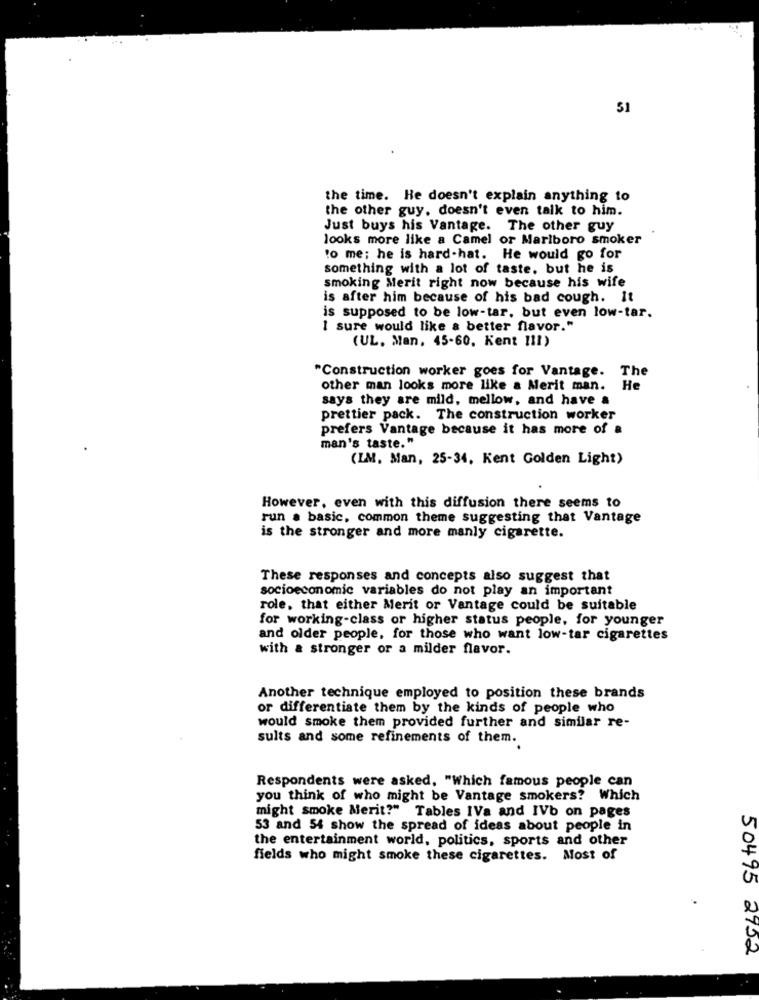
51
the time. He doesn't explain anything to
the other guy, doesn't even talk to him.
Just buys his Vantage. The other guy
looks more like a Camel or Marlboro smoker
to me; he is hard-hat. He would go for
something with a lot of taste, but he is
smoking Merit right now because his wife
is after him because of his bad cough. It
is supposed to be low-tar, but even low-tar.
I sure would like a better flavor."
(UL. Man, 45-60. Kent 111)
"Construction worker goes for Vantage. The
other man looks more like a Merit man.
He
says they are mild, mellow, and have a
prettier pack. The construction worker
prefers Vantage because it has more of a
man's taste."
(IM. Man, 25-34, Kent Golden Light)
However, even with this diffusion there seems to
run . basic, common theme suggesting that Vantage
is the stronger and more manly cigarette.
These responses and concepts also suggest that
socioeconomic variables do not play an important
role, that either Merit or Vantage could be suitable
for working-class or higher status people, for younger
and older people, for those who want low-tar cigarettes
with a stronger or a milder flavor.
Another technique employed to position these brands
or differentiate them by the kinds of people who
would smoke them provided further and similar re-
sults and some refinements of them.
Respondents were asked, "Which famous people can
you think of who might be Vantage smokers? Which
might smoke Merit?" Tables IVa and IVb on pages
53 and 54 show the spread of ideas about people in
the entertainment world, politics, sports and other
fields who might smoke these cigarettes. Most of
50495 2922